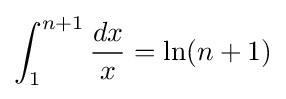
\int _{1}^{n+1}{\frac {dx}{x}}=\ln(n+1)